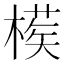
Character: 𣙘